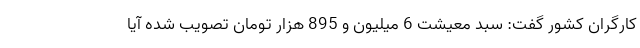
کارگران کشور گفت: سبد معیشت 6 میلیون و 895 هزار تومان تصویب شده آیا